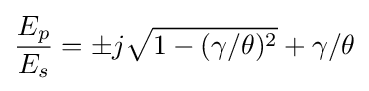
{\frac {E_{p}}{E_{s}}}=\pm j{\sqrt {1-(\gamma /\theta )^{2}}}+\gamma /\theta